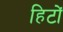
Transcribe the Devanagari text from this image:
हिटों